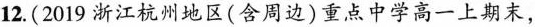
12.(2019浙江杭州地区(含周边)重点中学高一上期末，